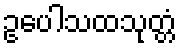
ဥပေါသထသုတ္တံ